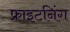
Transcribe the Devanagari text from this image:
फ्राइटनिंग